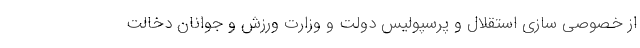
از خصوصی سازی استقلال و پرسپولیس دولت و وزارت ورزش و جوانان دخالت